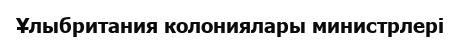
Ұлыбритания колониялары министрлері